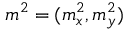
m ^ { 2 } = ( m _ { x } ^ { 2 } , m _ { y } ^ { 2 } )